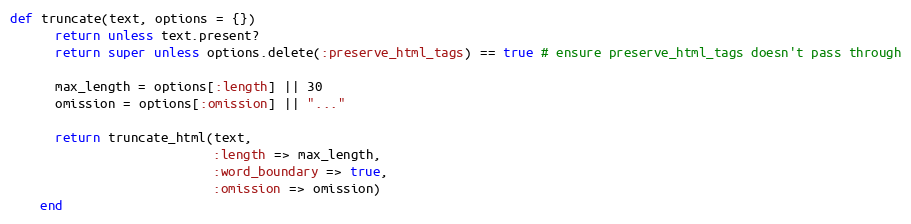
Language: Ruby
def truncate(text, options = {})
      return unless text.present?
      return super unless options.delete(:preserve_html_tags) == true # ensure preserve_html_tags doesn't pass through

      max_length = options[:length] || 30
      omission = options[:omission] || "..."

      return truncate_html(text,
                           :length => max_length,
                           :word_boundary => true,
                           :omission => omission)
    end